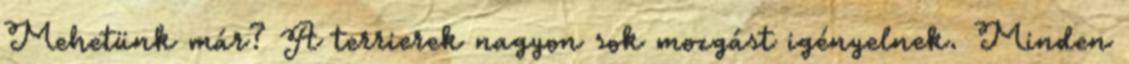
Mehetünk már? A terrierek nagyon sok mozgást igényelnek. Minden